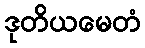
ဒုတိယမေတံ